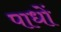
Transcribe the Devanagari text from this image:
पाधों